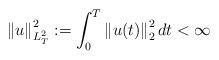
LaTeX: \begin{align*}\left\|u\right\|_{L^2_T}^2:=\int_0^T \left\|u(t)\right\|_2^2 dt<\infty\end{align*}